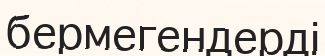
бермегендерді